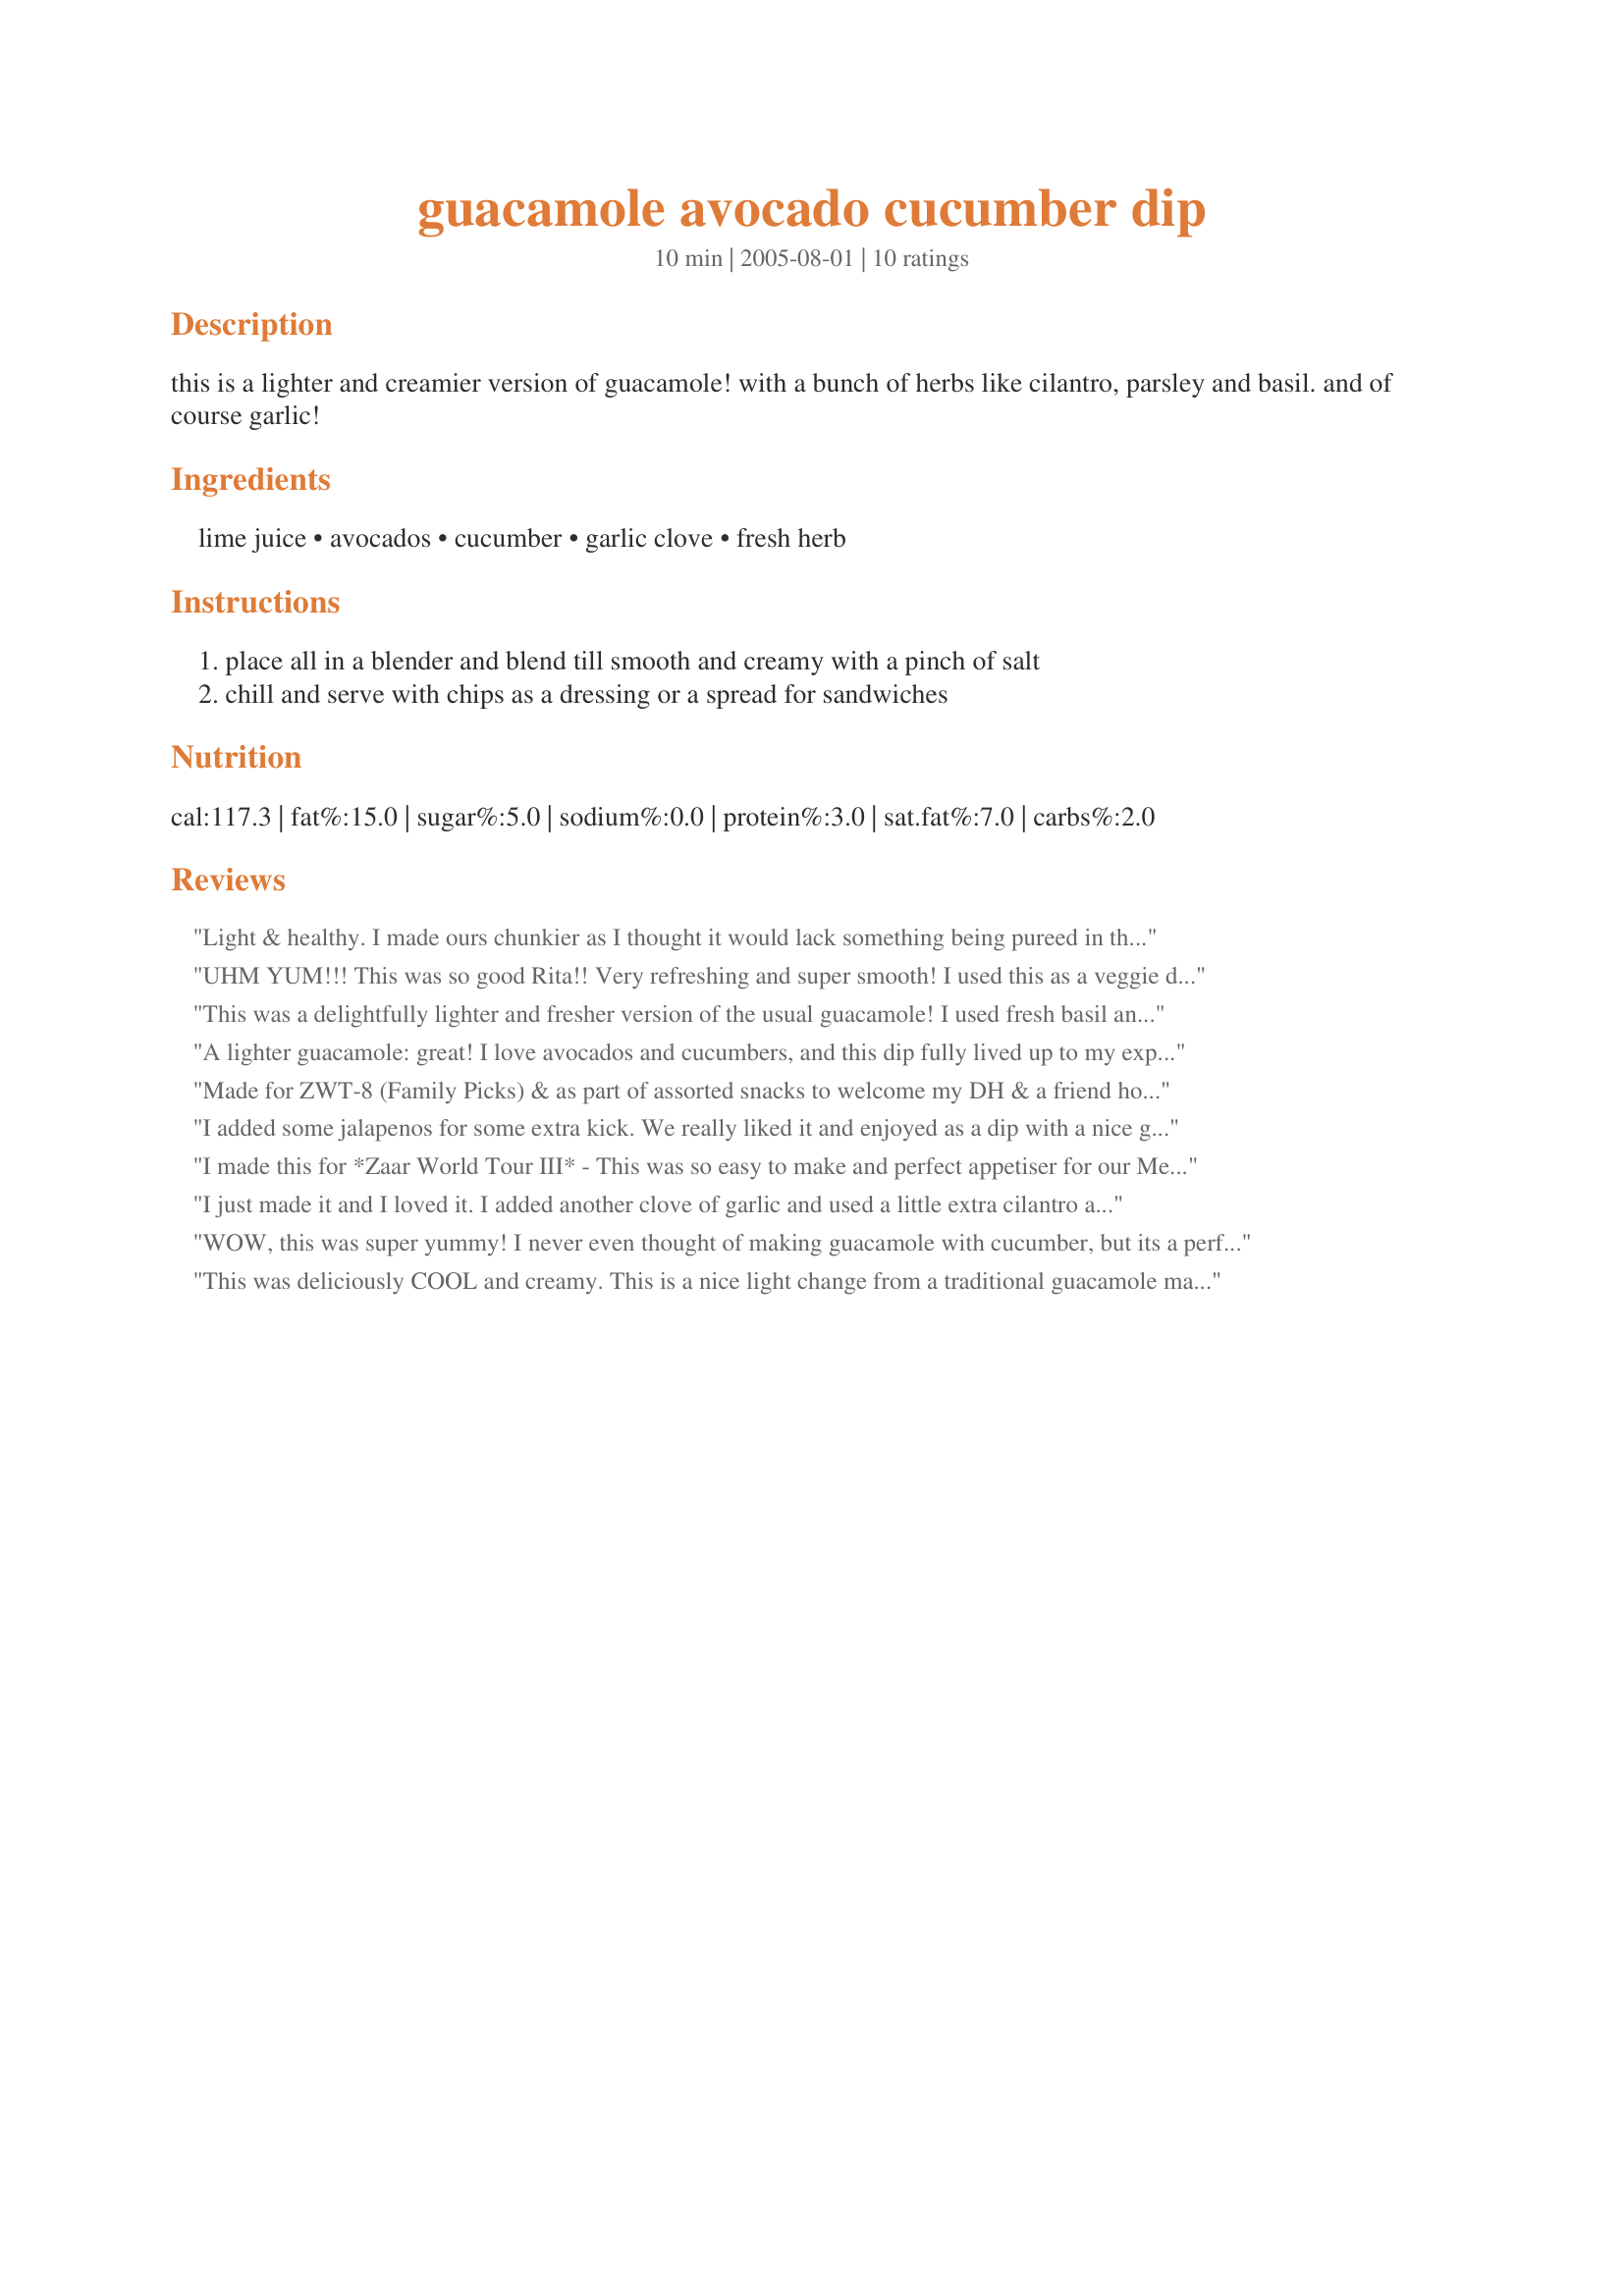
guacamole avocado cucumber dip
Preparation time: 10 minutes

this is a lighter and creamier version of guacamole! with a bunch of herbs like cilantro, parsley and basil. and of course garlic!

Ingredients:
lime juice, avocados, cucumber, garlic clove, fresh herb

Steps:
place all in a blender and blend till smooth and creamy with a pinch of salt, chill and serve with chips as a dressing or a spread for sandwiches

Reviews:
Light & healthy. I made ours chunkier as I thought it would lack something being pureed in the blender so I fork crushed everything. It wasn't too garlicky since I had no press on hand, it could have done with one more organic Canadian garlic clove (not garlic from China!). I also used freshly squeezed lemon juice as that is what I had on hand, sea salt for a big pinch, English cucumber without de-seeding, fresh cilantro and flat leaf parsley. I served it as a dip for Beantos Black Bean Chips (no corn! I love them). Made for January 2013's Casual Veggie Tag (come join us everyone!)
UHM YUM!!! This was so good Rita!! Very refreshing and super smooth! I used this as a veggie dip and even as a dressing....the DH put this on his falafel (great vegan alternative to that yogurt/cucumber stuff they serve with them)!!! We will be enjoying this again for a mexican night - can't wait! Thanks!! Made for Veg*n Swap Oct '10!!
This was a delightfully lighter and fresher version of the usual guacamole! I used fresh basil and oregano and thoroughly enjoyed with chips and then ate the rest wrapped up in lettuce leaves. Thanks Rita!
A lighter guacamole: great! I love avocados and cucumbers, and this dip fully lived up to my expectations: those I had when I chose to make it and those I had while I was making it. For my 1 tablespoon of herbs, (gosh I felt like a kid in a lolly shop being able to choose my own herbs!) I followed Sharon’s suggestion and added fresh basil and oregano. The lime added a lovely tang. I sneaked a taste of this dip before I chilled it (just couldn’t wait), but it was of course even better once it had chilled. So easy to make, so quick and oh so delicious: I’ll be making this lots during the summer and eating it for lunch. I’ll be making double quantities in future. It would, I’m sure, also taste great on steamed baby potatoes. Thanks, Rita, for another fabulous recipe!
Made for ZWT-8 (Family Picks) & as part of assorted snacks to welcome my DH & a friend home from a fishing trip. The flavour of this dip is excellent & the prep both easy & quick. I know this dip was described as a "creamier version of guacamole", but I found I missed some textural component(s) & I ended up adding diced cucumber & black olives into the mix. Then I added a little extra garlic & it was good-to-go for us. Thx for sharing this recipe w/us. The guys were very happy w/their snacks. :-)
I added some jalapenos for some extra kick. We really liked it and enjoyed as a dip with a nice glass of wine! Thanks for posting!
I made this for *Zaar World Tour III* - This was so easy to make and perfect appetiser for our Mexican night. I left out the fresh herbs because I didn't have any at home. Thank you ~Rita~
I just made it and I loved it. I added another clove of garlic and used a little extra cilantro and 2 serrano peppers to add to the south-of-the-border flavor. This is an excellent and refreshing dip.
WOW, this was super yummy! I never even thought of making guacamole with cucumber, but its a perfect match. The cool and crisp cucumber with the smooth avocado is just wonderful both in texture and taste!<br/>Loved how healthy this was, too!<br/>THANK YOU SO MUCH for sharing this great recipe with us, Rita! <br/>Made and reviewed for Veggie Swap #28 November 2010 and the Eating Well Event in the Photo Forum.
This was deliciously COOL and creamy. This is a nice light change from a traditional guacamole made from ALL avacodoes. We could really taste the cucumber in this. I did add some Smokey Seasoning Salt (Penzey's) some adobo seasoning and some ancho chili powder, just to give it a little kick. I served this with tortilla chips, but I bet this would be amazing on tacos or burritos, in plac of sour cream.
